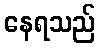
နေရသည်